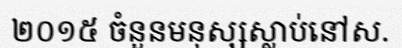
២០១៥ ចំនួនមនុស្សស្លាប់នៅស.